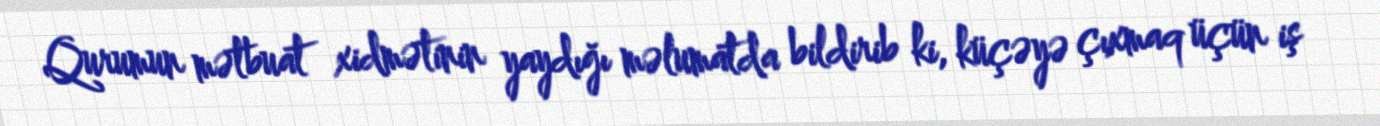
Qurumun mətbuat xidmətinin yaydığı məlumatda bildirib ki, küçəyə çıxmaq üçün iş